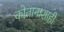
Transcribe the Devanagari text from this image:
कोतानाशाही